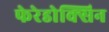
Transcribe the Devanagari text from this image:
फेरेडोक्सिन